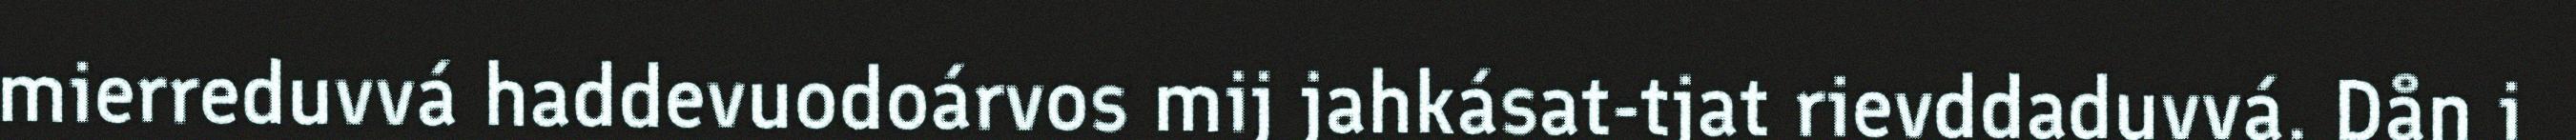
mierreduvvá haddevuodoárvos mij jahkásat-tjat rievddaduvvá. Dån i